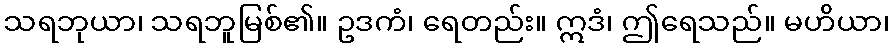
သရဘုယာ၊ သရဘူမြစ်၏။ ဥဒကံ၊ ရေတည်း။ ဣဒံ၊ ဤရေသည်။ မဟိယာ၊